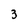
Character: 3